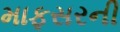
માફસરની